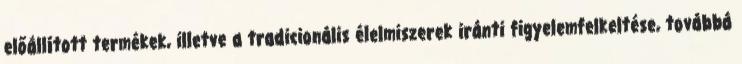
előállított termékek, illetve a tradicionális élelmiszerek iránti figyelemfelkeltése, továbbá